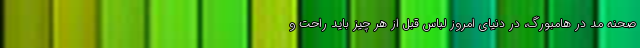
صحنه مد در هامبورگ، در دنیای امروز لباس قبل از هر چیز باید راحت و